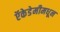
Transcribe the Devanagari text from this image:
ऍकेडेमीमधून